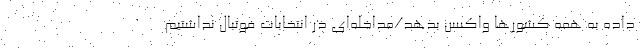
داده به همه کشورها واکسن بدهد/مداخله‌ای در انتخابات فوتبال نداشتیم